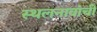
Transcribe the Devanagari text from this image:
स्थलनावांची